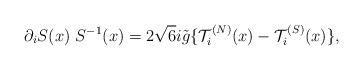
LaTeX: \begin{align*}\partial_i S(x) \ S^{-1}(x) = 2 \sqrt{6} i \tilde{g} \{ {\cal T}_i^{(N)}(x) - {\cal T}_i^{(S)}(x) \},\end{align*}